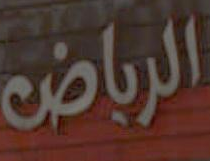
الرياض